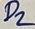
Text: D2